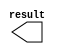
module dis2 (
	result);

	output	[8:0]  result;

endmodule